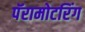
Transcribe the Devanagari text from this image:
पॅरामोटरिंग